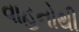
વાહનોથી